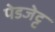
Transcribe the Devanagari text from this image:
पेडजेट्ट